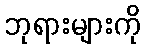
ဘုရားများကို